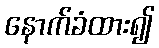
နောက်ခံထား၍